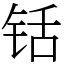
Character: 铦